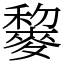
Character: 䴻